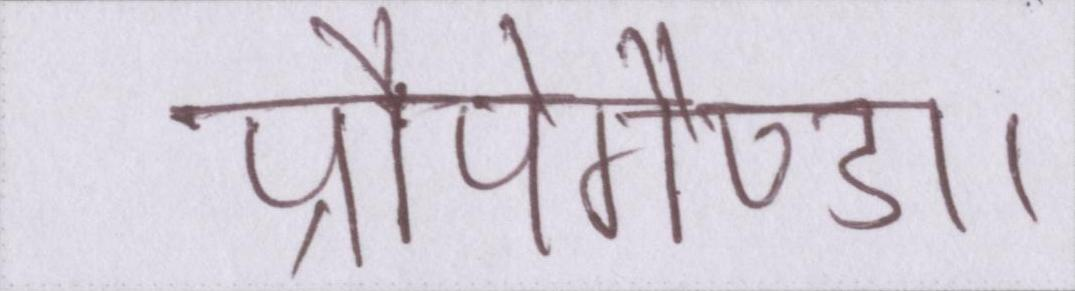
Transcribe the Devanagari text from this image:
प्रौपेगैण्डा।